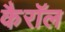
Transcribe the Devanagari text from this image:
कैरॉल